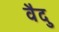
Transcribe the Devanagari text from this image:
वैदु